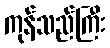
ကုန်သည်ကြီး